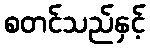
စတင်သည်နှင့်